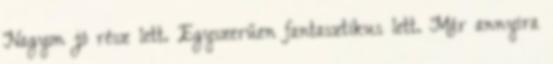
Nagyon jó rész lett. Egyszerűen fantasztikus lett. Már annyira